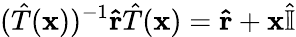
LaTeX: ({\hat{T}}(\mathbf{x}))^{-1}\mathbf{\hat{r}}{\hat{T}}(\mathbf{x})=\mathbf{\hat{r}}+\mathbf{x}{\hat{\mathbb{I}}}